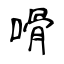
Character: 嗗